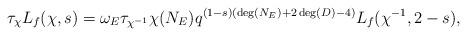
LaTeX: \begin{align*}\tau_\chi L_f(\chi,s)= \omega_E \tau_{\chi^{-1}} \chi(N_E) q^{(1-s)(\deg(N_E)+2\deg(D)-4)} L_{f}( \chi^{-1},2-s),\end{align*}